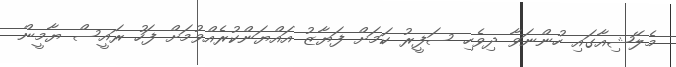
މެލޭޝިއާގައި ހުންނަވާ ދިވެހި ސަފީރު ކަމަށް ފަޔާޒު އައްޔަންކުރެއްވުމަށް ފަހު ރައީސް ޔާމީން